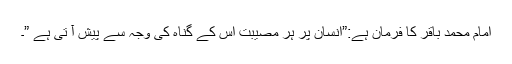
امام محمد باقر کا فرمان ہے:”انسان پر ہر مصیبت اس کے گناہ کی وجہ سے پیش آ تی ہے ”۔